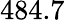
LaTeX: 484.7